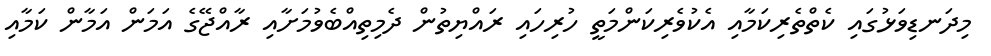
މިދަނޑިވަޅުގައި ކެތްތެރިކަމާއި އެކުވެރިކަންމަތީ ހުރިހައި ރައްޔިތުން ދެމިތިއްބެވުމަށާއި ރާއްޖޭގެ އަމަން އަމާން ކަމާއި